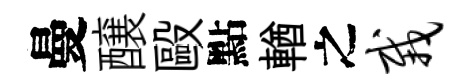
曼醸毆點輶之栽